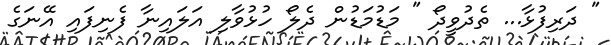
" ދަރިފުޅާ... ތެދުވީދޯ " މަޑުމަޑުން ދެލޯ ހުޅުވާލި އަލައިނާ ފެނިފައި އޭނަގެ